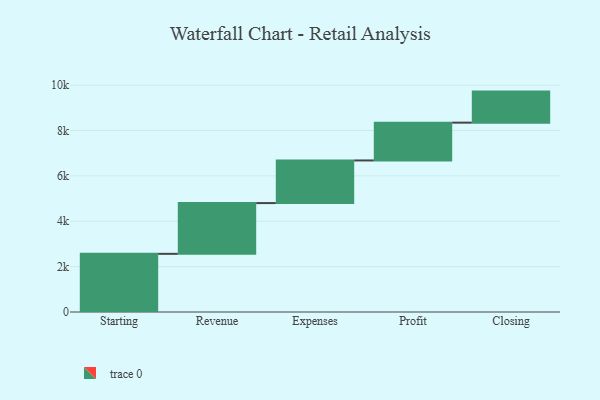
{"axis": {"x": "Step", "y": "Value"}, "legend": [""], "data": [{"x": "Starting", "y": 2564.0, "type": ""}, {"x": "Revenue", "y": 2237.0, "type": ""}, {"x": "Expenses", "y": 1880.0, "type": ""}, {"x": "Profit", "y": 1666.0, "type": ""}, {"x": "Closing", "y": 1369.0, "type": ""}]}